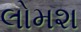
લોમશ